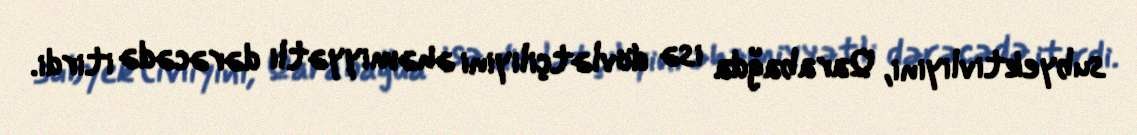
subyektivliyini, Qarabağda isə dövlətçiliyini əhəmiyyətli dərəcədə itirdi.